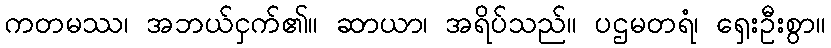
ကတမဿ၊ အဘယ်ငှက်၏။ ဆာယာ၊ အရိပ်သည်။ ပဌမတရံ၊ ရှေးဦးစွာ။